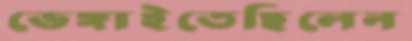
ভেঙ্গাইতেছিলেন